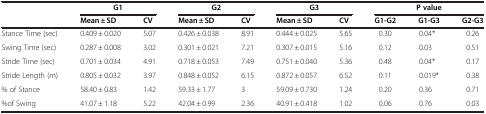
<table><thead><tr><td rowspan="2"><b> </b></td><td colspan="2"><b>G1</b></td><td colspan="2"><b>G2</b></td><td colspan="2"><b>G3</b></td><td colspan="3"><b>P value</b></td></tr><tr><td><b>Mean ± SD</b></td><td><b>CV</b></td><td><b>Mean ± SD</b></td><td><b>CV</b></td><td><b>Mean ± SD</b></td><td><b>CV</b></td><td><b>G1-G2</b></td><td><b>G1-G3</b></td><td><b>G2-G3</b></td></tr></thead><tbody><tr><td>Stance Time (sec)</td><td>0.409 ± 0.020</td><td>5.07</td><td>0.426 ± 0.038</td><td>8.91</td><td>0.444 ± 0.025</td><td>5.65</td><td>0.30</td><td>0.04*</td><td>0.26</td></tr><tr><td>Swing Time (sec)</td><td>0.287 ± 0.008</td><td>3.02</td><td>0.301 ± 0.021</td><td>7.21</td><td>0.307 ± 0.015</td><td>5.16</td><td>0.12</td><td>0.03</td><td>0.51</td></tr><tr><td>Stride Time (sec)</td><td>0.701 ± 0.034</td><td>4.91</td><td>0.718 ± 0.053</td><td>7.49</td><td>0.751 ± 0.040</td><td>5.36</td><td>0.48</td><td>0.04*</td><td>0.17</td></tr><tr><td>Stride Length (m)</td><td>0.805 ± 0.032</td><td>3.97</td><td>0.848 ± 0.052</td><td>6.15</td><td>0.872 ± 0.057</td><td>6.52</td><td>0.11</td><td>0.019*</td><td>0.38</td></tr><tr><td>% of Stance</td><td>58.40 ± 0.83</td><td>1.42</td><td>59.33 ± 1.77</td><td>3</td><td>59.09 ± 0.730</td><td>1.24</td><td>0.20</td><td>0.36</td><td>0.71</td></tr><tr><td>%of Swing</td><td>41.07 ± 1.18</td><td>5.22</td><td>42.04 ± 0.99</td><td>2.36</td><td>40.91 ± 0.418</td><td>1.02</td><td>0.06</td><td>0.76</td><td>0.03</td></tr></tbody></table>